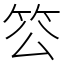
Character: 䇗